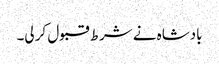
بادشاہ نے شرط قبول کر لی۔